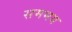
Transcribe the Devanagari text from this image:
सममय